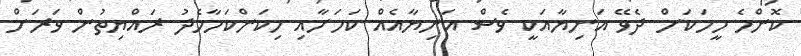
ކޮންމެ މީހަކަށް ދެވޭ އަނިޔާއަކީ ވެސް އަނިޔާއެއް ކަމަށާއި މިކަންކަމާމެދު ރައްޔިތުން ވަރަށް